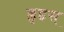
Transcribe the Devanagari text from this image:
ल्लुइस्